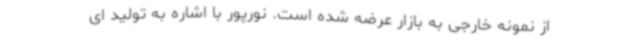
از نمونه خارجی به بازار عرضه شده است. نورپور با اشاره به تولید ای